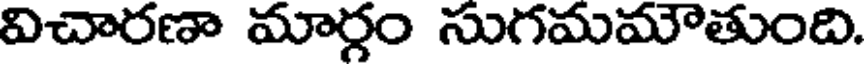
విచారణా మార్గం సుగమమౌతుంది.